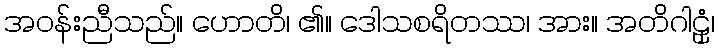
အဝန်းညီသည်။ ဟောတိ၊ ၏။ ဒေါသစရိတဿ၊ အား။ အတိဂါဠှံ၊